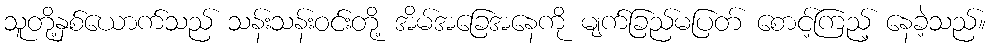
သူတို့နှစ်ယောက်သည် သန်းသန်းဝင်းတို့ အိမ်အခြေအနေကို မျက်ခြည်မပြတ် စောင့်ကြည့် နေခဲ့သည်။